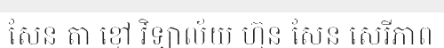
សែន តា ខ្មៅ វិទ្យាល័យ ហ៊ុន សែន សេរីភាព